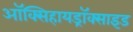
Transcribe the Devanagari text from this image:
ऑक्सिहायड्रॉक्साइड